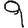
Digit: 9